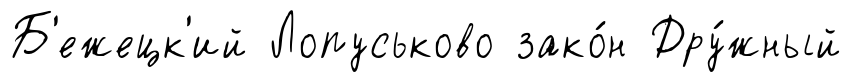
Б'ежецк'ий Лопуськово зако́н Дру́жный